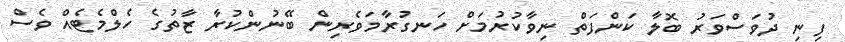
ފިނި ދުވަސްވަރު ބޮލާ ކަންފަތް ނިވާކުރުމަށް ހަނގުރާމަވެރިން ބޭނުންކުރާ ޒާތުގެ ހެލްމެޓެއް ވެސް